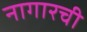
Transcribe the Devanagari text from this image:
नागारची